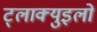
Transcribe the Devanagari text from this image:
ट्लाक्युइलो